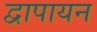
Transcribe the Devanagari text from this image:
द्वापायन